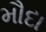
મૌદા